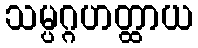
သမ္ပဂ္ဂဟတ္ထာယ